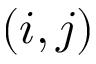
( i , j )